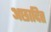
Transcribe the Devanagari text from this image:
अछादित